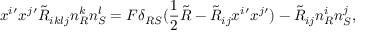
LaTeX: x ^ { i } { ' } x ^ { j } { ' } \tilde { R } _ { i k l j } n _ { R } ^ { k } n _ { S } ^ { l } = F \delta _ { R S } ( \frac { 1 } { 2 } \tilde { R } - \tilde { R } _ { i j } x ^ { i } { ' } x ^ { j } { ' } ) - \tilde { R } _ { i j } n _ { R } ^ { i } n _ { S } ^ { j } ,